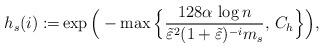
LaTeX: \begin{align*} h_s(i) := & \exp \Big( - \max \Big\{ \frac{128 \alpha\,\log n }{\tilde \varepsilon^2 ( 1+ \tilde \varepsilon )^{-i} m_s } ,\, C_h \Big\} \Big),\end{align*}